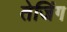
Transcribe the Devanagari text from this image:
तेजिंग